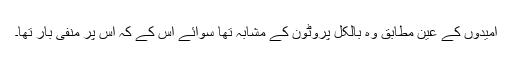
امیدوں کے عین مطابق وہ بالکل پروٹون کے مشابہ تھا سوائے اس کے کہ اس پر منفی بار تھا۔